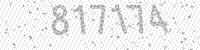
Solution: 817174